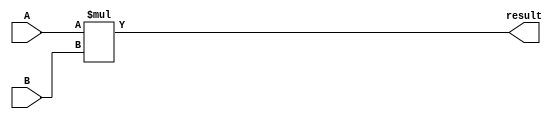

module Mul4bit (
  input signed [4:0] A,
  input signed [4:0] B, 
  output signed [9:0]result   
);
	assign result = A*B;
endmodule